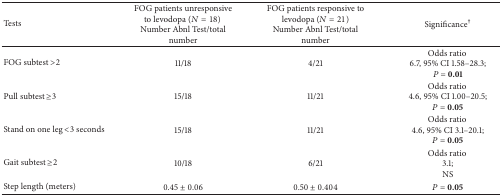
| Tests | FOG patients unresponsive to levodopa (N = 18) Number Abnl Test/total number | FOG patients responsive to levodopa (N = 21) Number Abnl Test/total number | Significance† |
 | --- | --- | --- | --- |
 | FOG subtest >2 | 11/18 | 4/21 | Odds ratio 6.7, 95% CI 1.58–28.3; P = 0.01 |
 | Pull subtest ≥3 | 15/18 | 11/21 | Odds ratio 4.6, 95% CI 1.00–20.5; P = 0.05 |
 | Stand on one leg <3 seconds | 15/18 | 11/21 | Odds ratio 4.6, 95% CI 3.1–20.1; P = 0.05 |
 | Gait subtest ≥2 | 10/18 | 6/21 | Odds ratio 3.1; NS |
 | Step length (meters) | 0.45 ± 0.06 | 0.50 ± 0.404 | P = 0.05 |